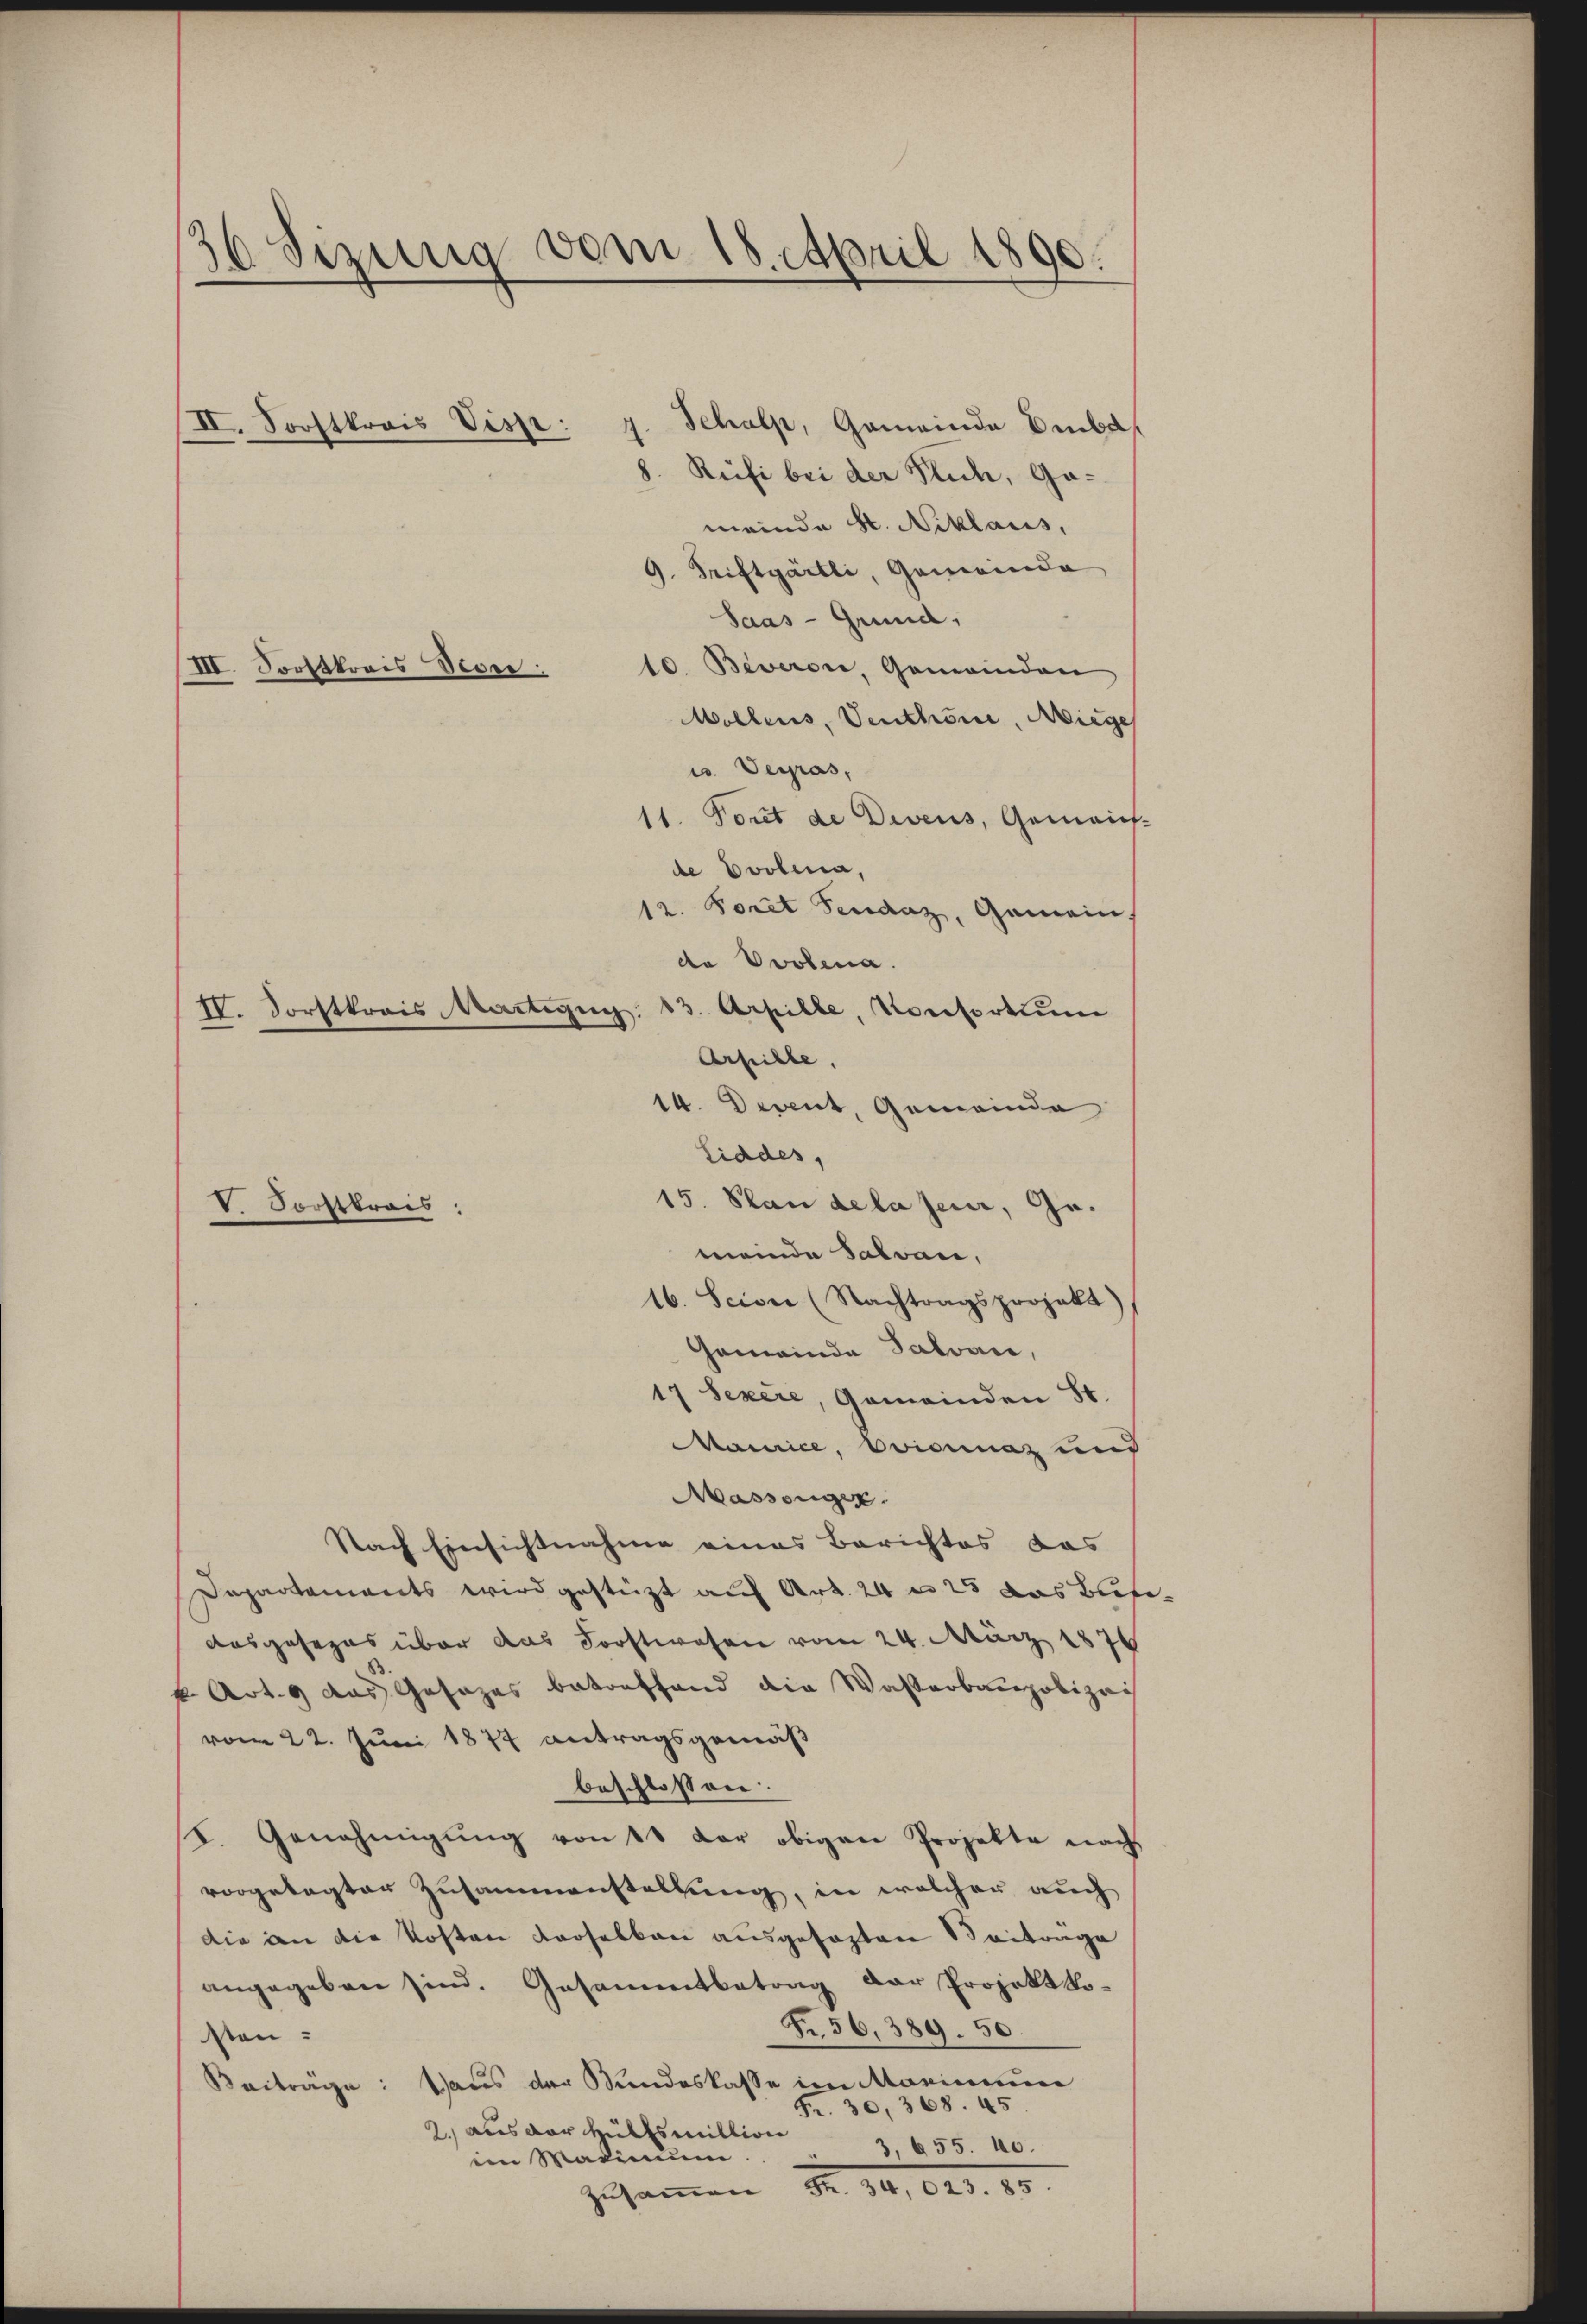
36 Sizung vom 18. April 1890.

II. Forstkrais Visp:

IV. Forstkrois Martigen: 13. Apille, Konsortium
V. Forstkreis:

Schalp, Gemeinde Deba
8. Rüfi bei der Fluch, Gameinda St. Niklaus,
9. Triftgärtli, Gemeinde
Saas - Grund,
III. Forstkreis Seon:
10. Beveron, Gemeinden
Wollens, Venthoni, Miege
u. Verras,
11. Tout de Deveus, Gemaint-
de Evolena,
12. Forel Feudaz, Gemein
de Probena
Arfille.
14. Devent, Gemeinde
Liddes,
15. Plan de la jene, Gemeinde Salvan,
16. Sein (Nachtragsprojekt)
Gemeinde Salvar,
17 Sexere, Gemeinden St.
Mamice, Ovicinaz und
Massenger
Nach Einsichtnahme eines Berichtes das
Departements wird gestützt auf Art. 24 n 25 das Buse¬
Ausgesezes über das Forstwesen vom 24. März 1876
k. Art. 9 das Gesages betreffend die Wasserbaupolizei
vom 22. Juni 1874 antragsgemäß
beschlossen:
I. Genehmigung von 10 der obigen Projekte nach
vorgelegter Zusammenstellung, in welcher auch
Die an die Kosten derselben ausgefasten Beitrage
angegeben sind. Gesammtbetrag der Projekt bo¬
Fr. 56. 389. 50.
sten.
Beiträge: Haus der Kundeskasse im Mariniu
Fr. 30, 368. 45
2. aus der Hülfsmittion
im Maximŭm . 3, 655. 40.
zusammen d. 14, 141. 18.